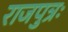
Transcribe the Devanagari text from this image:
राजपुत्रः